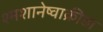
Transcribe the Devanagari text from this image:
श्मशानेष्वाक्रीडा